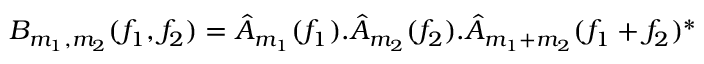
B _ { m _ { 1 } , m _ { 2 } } ( f _ { 1 } , f _ { 2 } ) = \hat { A } _ { m _ { 1 } } ( f _ { 1 } ) . \hat { A } _ { m _ { 2 } } ( f _ { 2 } ) . \hat { A } _ { m _ { 1 } + m _ { 2 } } ( f _ { 1 } + f _ { 2 } ) ^ { * }